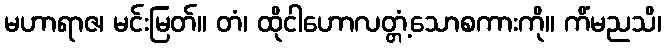
မဟာရာဇ၊ မင်းမြတ်။ တံ၊ ထိုငါဟောလတ္တံ့သောစကားကို။ ကိံမညသိ၊